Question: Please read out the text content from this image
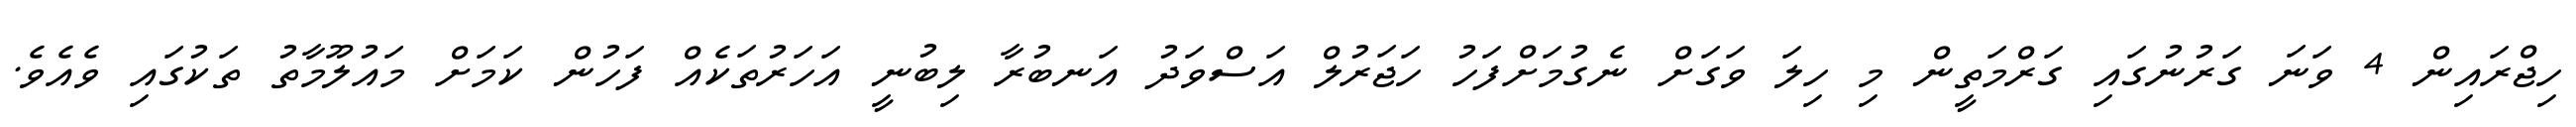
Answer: ހިޖްރައިން 4 ވަނަ ގަރުނުގައި ގަރްމަތީން މި ހިލަ ވަގަށް ނެގުމަށްފަހު ހަޖަރުލް އަސްވަދު އަނބުރާ ލިބުނީ އަހަރުތަކެއް ފަހުން ކަމަށް މައުލޫމާތު ތަކުގައި ވެއެވެ.